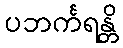
ပဘင်္ကရန္တိ